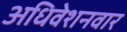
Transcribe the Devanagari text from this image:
अधिवेशनवार